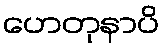
ဟေတုနာပိ